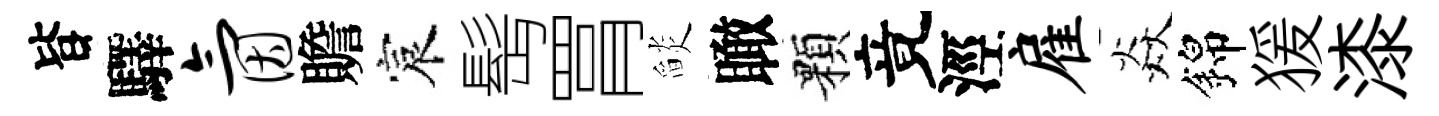
𣅜驛氤贍宸髩罥𦦨瞰顆竟涇雇焱錦猨漆